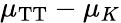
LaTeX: \mu_{\mathrm{TT}}-\mu_{K}